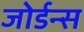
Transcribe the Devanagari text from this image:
जोर्डन्स